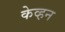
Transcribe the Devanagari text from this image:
केव्हन